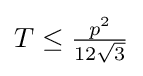
T\leq {\tfrac {p^{2}}{12{\sqrt {3}}}}